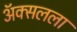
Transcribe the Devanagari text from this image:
ॲक्सलला